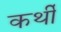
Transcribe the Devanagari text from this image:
कर्थी